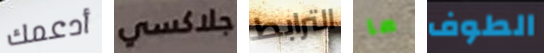
أدعمك جلاكسي الترابط ما الطوف